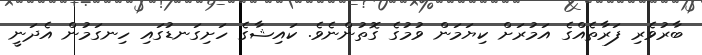
ބާރުވެރި ފަރާތެއްގެ އަމުރަށް ކިޔަމަން ވުމުގެ ގޮތުންނެވެ. ކައިޝާގެ ހަށިގަނޑުގައި ހިނގަމުން އެދަނީ